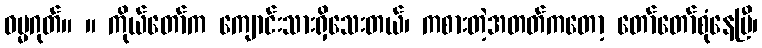
ဓမ္မဂုတ်။ ။ ကိုယ်တော်က ကျောင်းသားရှိသေးတယ်၊ ကစားတဲ့အတတ်ကတော့ တော်တော်စုံနေပြီ၊